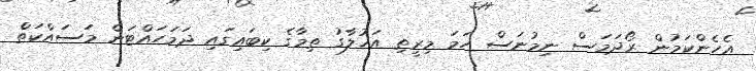
އެހެންކަމުން ރޯދަމަސް ނިމުނަސް ހަމަ މިރީތި އަޚުލާގު ތިމާގެ ކިބައިގައި ދަމަހައްޓަން މަސައްކަތް